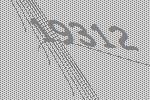
19312